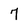
Character: 7